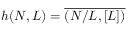
\begin{array} { r } { h ( N , L ) = \overline { { ( N / L , [ L ] ) } } } \end{array}